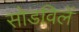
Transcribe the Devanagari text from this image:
सोडविलें